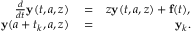
\begin{array} { r l r } { \frac { d } { d t } { \bf y } ( t , a , z ) } & { { } = } & { z { \bf y } ( t , a , z ) + { \bf f } ( t ) , } \\ { { \bf y } ( a + t _ { k } , a , z ) } & { { } = } & { { \bf y } _ { k } . } \end{array}